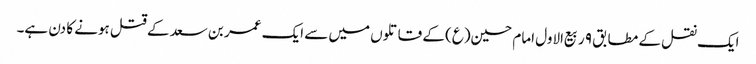
ایک نقل کے مطابق ۹ ربیع‌الاول امام حسین(ع) کے قاتلوں میں سے ایک عمر بن سعد کے قتل ہونے کا دن ہے۔